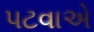
પટવાએ